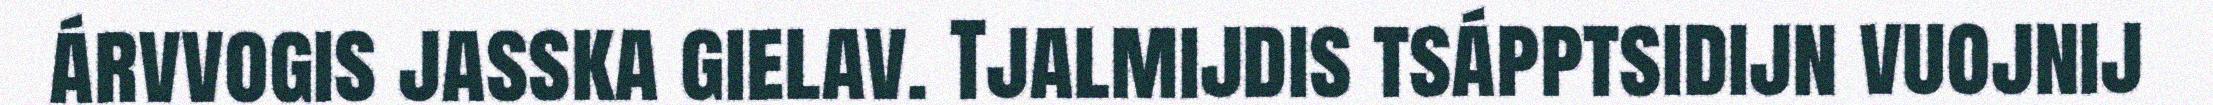
árvvogis jasska gielav. Tjalmijdis tsápptsidijn vuojnij